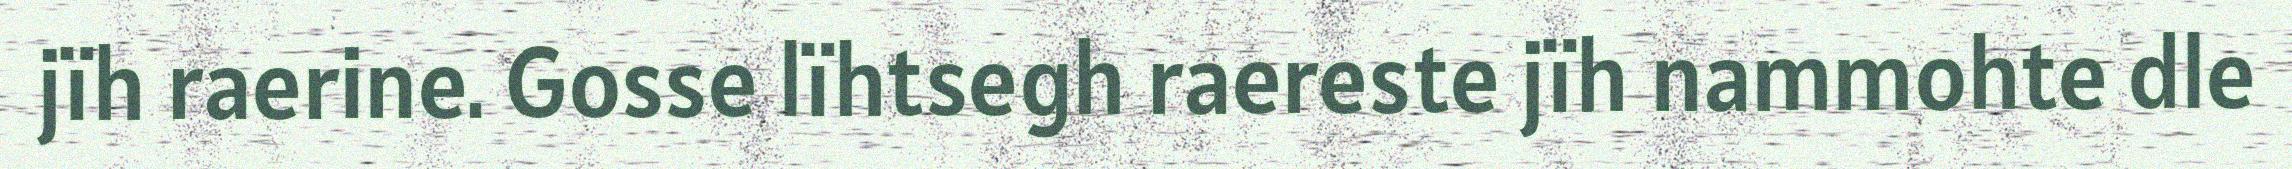
jïh raerine. Gosse lïhtsegh raereste jïh nammohte dle